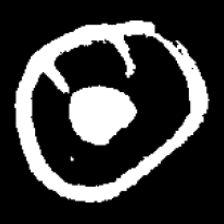
Pyu character \u2014 Myanmar letter: ထ (romanized: tha)